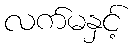
လက်မနှင့်